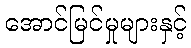
အောင်မြင်မှုများနှင့်